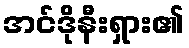
အင်ဒိုနီးရှား၏